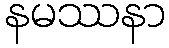
နမဿနာ